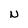
Character: N